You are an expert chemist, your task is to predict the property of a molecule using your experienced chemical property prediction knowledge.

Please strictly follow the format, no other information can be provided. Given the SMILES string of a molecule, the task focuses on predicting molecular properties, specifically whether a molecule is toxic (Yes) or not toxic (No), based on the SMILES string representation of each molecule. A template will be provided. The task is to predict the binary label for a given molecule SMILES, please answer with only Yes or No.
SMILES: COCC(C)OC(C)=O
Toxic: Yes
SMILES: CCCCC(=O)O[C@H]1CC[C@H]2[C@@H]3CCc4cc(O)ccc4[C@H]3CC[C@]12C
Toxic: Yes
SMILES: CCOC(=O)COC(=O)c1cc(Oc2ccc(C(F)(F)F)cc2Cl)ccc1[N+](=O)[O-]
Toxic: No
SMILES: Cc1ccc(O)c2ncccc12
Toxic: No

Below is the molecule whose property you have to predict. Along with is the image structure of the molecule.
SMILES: CO[C@@H]1[C@@H](O[C@@H]2O[C@H](C)[C@@H](O[C@H]3C[C@@](C)(O)[C@@H](O)[C@H](C)O3)[C@H](N(C)C)[C@H]2O)[C@@H](CC=O)C[C@@H](C)[C@@H](O[C@@H]2CC[C@H](N(C)C)[C@@H](C)O2)C=CC=CC[C@@H](C)OC(=O)C[C@H]1O
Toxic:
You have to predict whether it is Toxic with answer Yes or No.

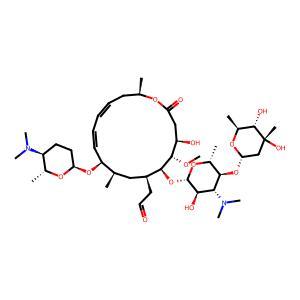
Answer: No